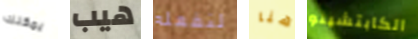
يمكنك هيب لنفعله هنا الكابتشينو